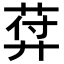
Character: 𦲱